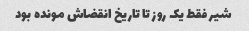
شیر فقط یک روز تا تاریخ انقضاش مونده بود